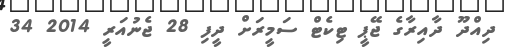
ދިއްދޫ ދާއިރާގެ ޖޭޕީ ޓިކެޓް ސަމީރަށް ދީފި 28 ޖެނުއަރީ 2014 34